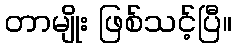
တာမျိုး ဖြစ်သင့်ပြီ။